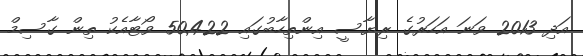
އަދި 2013 ވަނަ އަހަރުގެ ރިޔާސީ އިންތިހާބުގައި 50